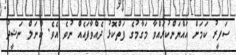
ސަފީރު ކަމަށް އައްޔަންކުރައްވާ މަގާމުގެ ފަތްކޮޅު ދެއްވާފައެއް ނުވެ އެވެ. ކާނަލް ނަޝީދު